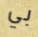
بي